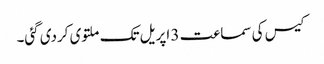
کیس کی سماعت 3 اپریل تک ملتوی کردی گئی۔